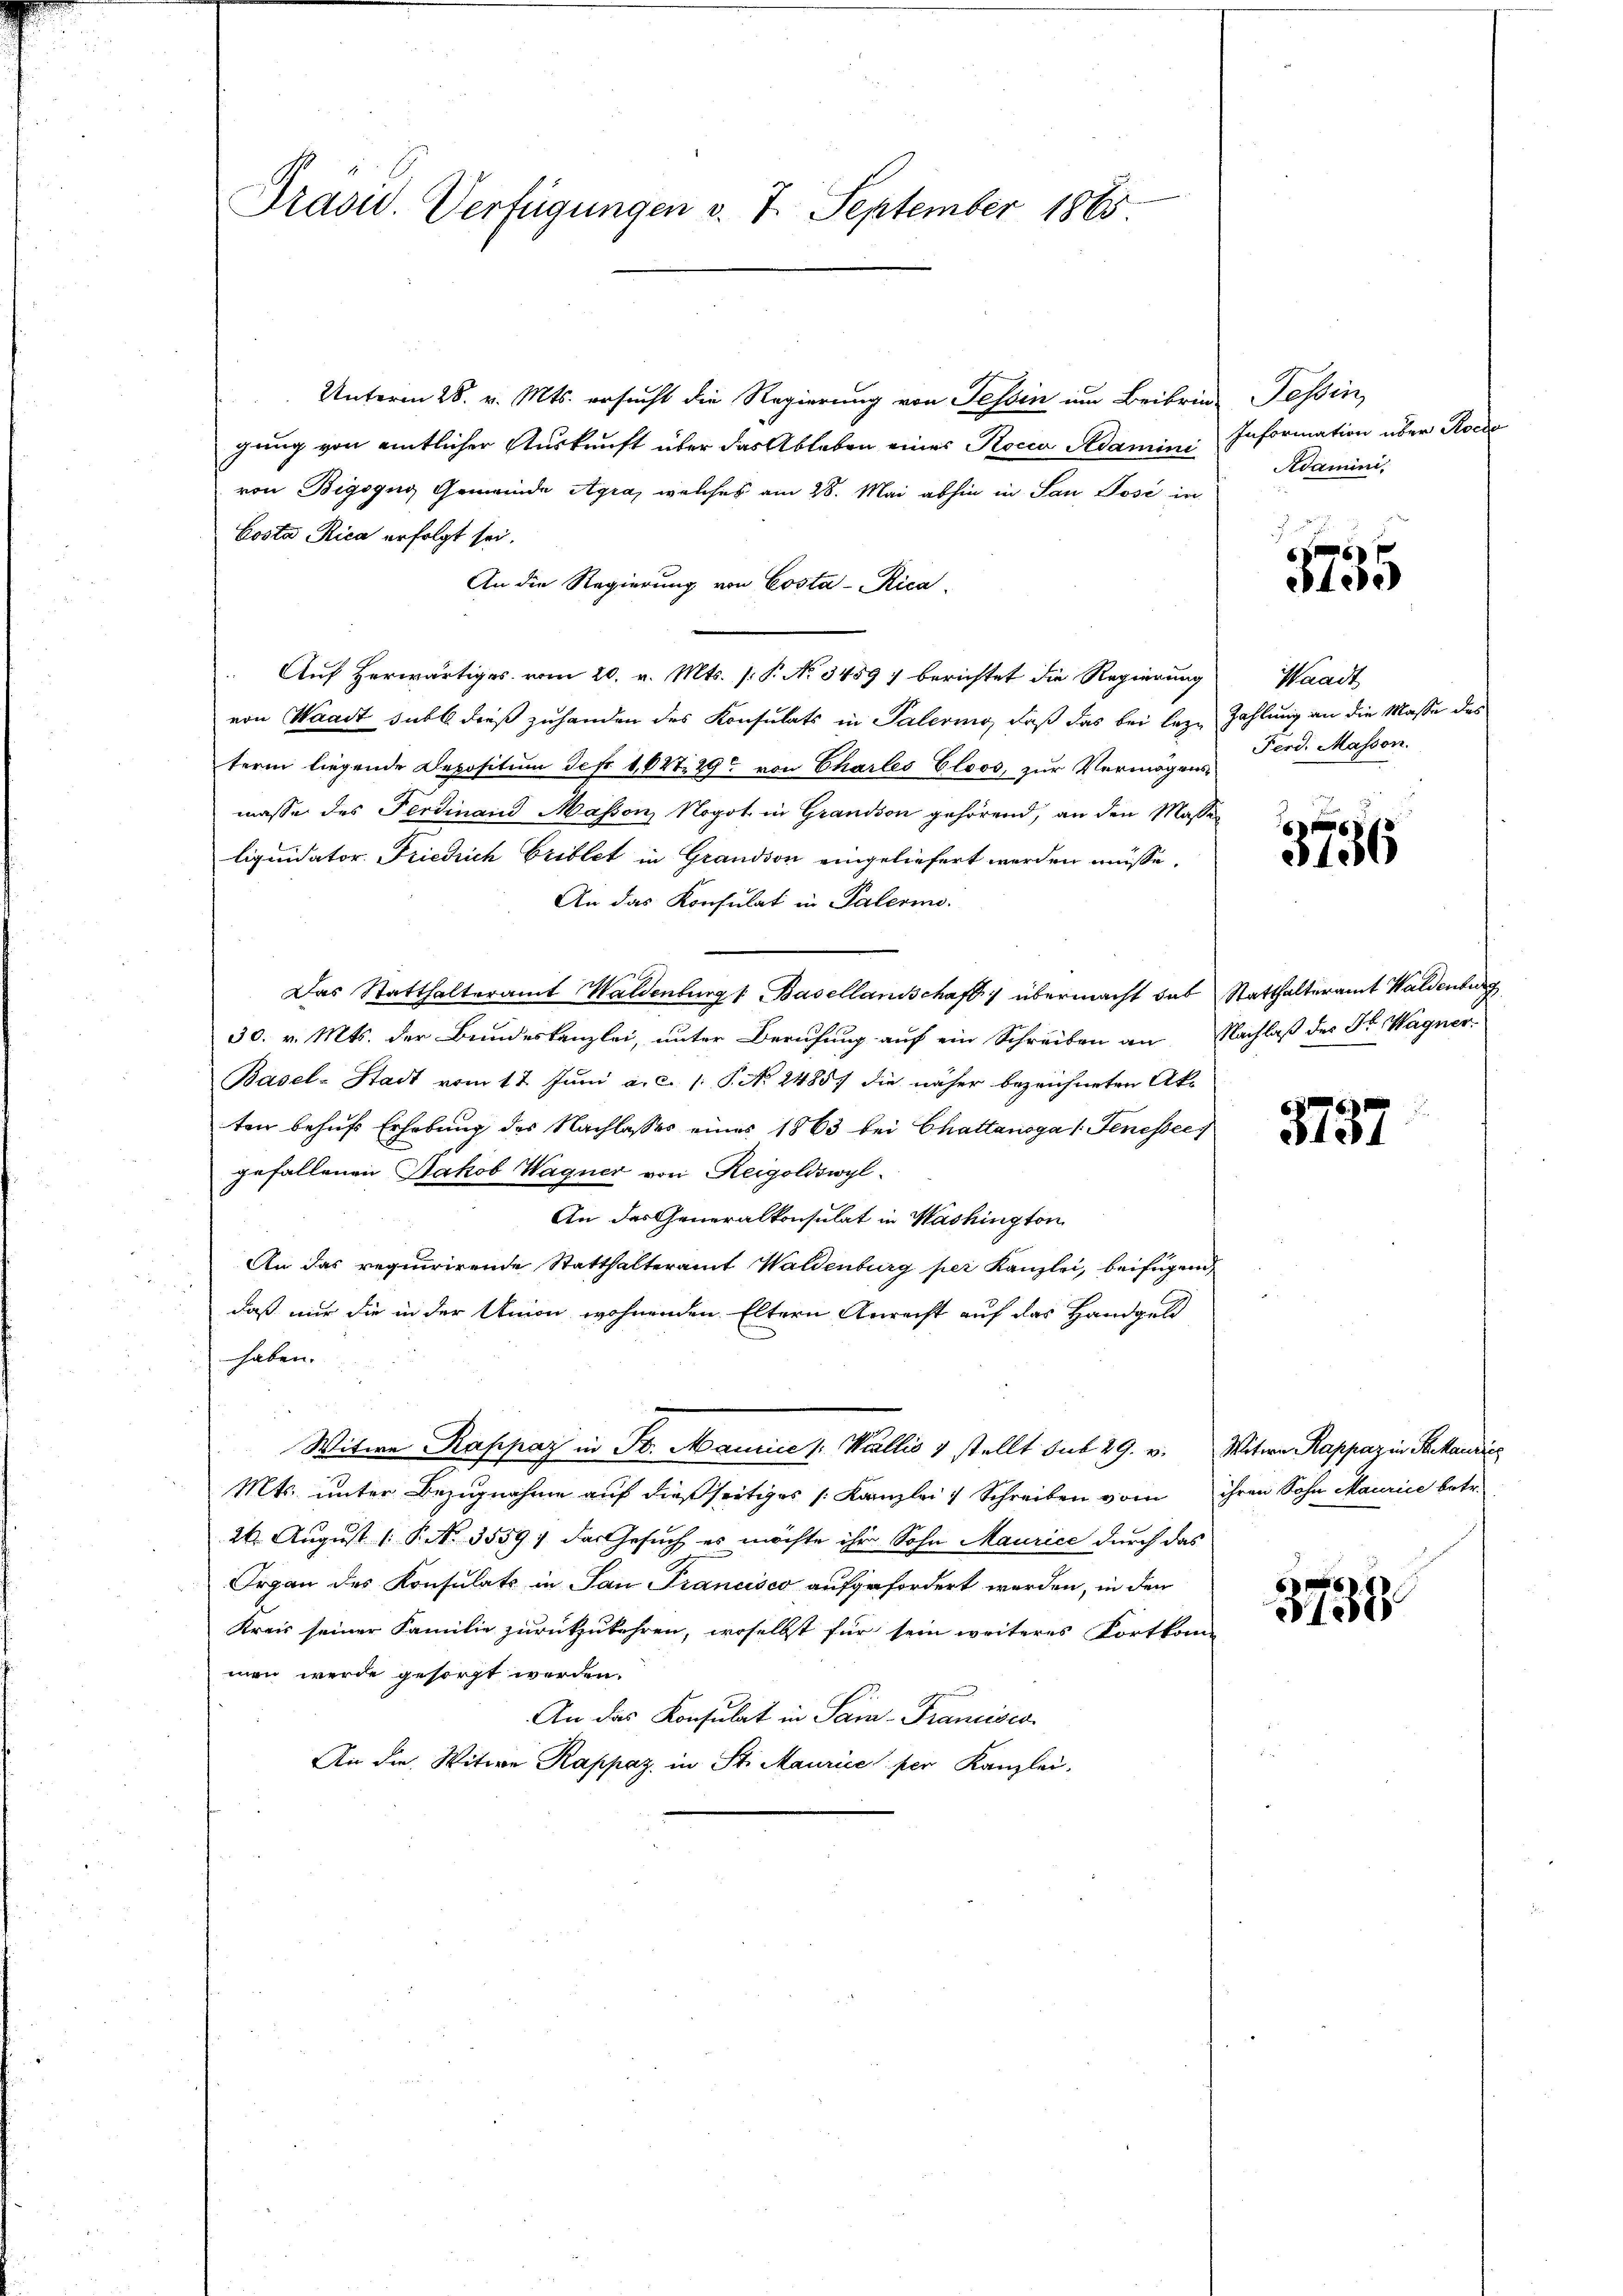
Unterm 28. v. Mts. ersucht die Regierung von Tessin um Beibrin-
gung von eintlicher Auskunft über das Ableben eines Rocca Adamini Information über Rocde
von Bigogug Gemeinde Agra, welches am 28. Mai abhin in San Josi in
Costa Rica erfolgt sei.
An die Regierung von Costa-Rica
Aŭf herwärtiges vom 20. v. Mts. s. P. No 3459) berichtet die Regierŭng Waadt
von Waadt subt dieß zuhanden des Konsulats in Palering, daß das bei leze Zahlung an die Masse des
term liegende Depositum Jef 1,647. 29t von Chartes Eloos, zur Vermögensmasse des Ferdinand Masson, Nogot in Grandson gehörend, an den Masse
liquidator Friedrich Griblet in Grandson eingeliefert werden müsse.
An das Konsulat in Palerin.
Das Statthalteramt Waldenburg 1. Basellandschaft übermacht das
30. v. Mts. der Bundeskanzlei, unter Berufung auf ein Schreiben an Nachlaß des Hr. Wagner
Basel-Stadt vom 17. Juni a.c. (: P. No 2485) die näher bezeichneten Akten behufs Erhebung des Nachlasses eines 1863 bei Chattanoga 1. Jenessec
gefallenen Jakob Wagner von Reigoldswyl
An des Generalkonsulat in Washington
An das requirirende Statthalteramt Waldenburg per Kanzlei, beifügend
daß nur die in der Union wohnenden Eltern Anrecht auf das Handgeld
haben.
Witwe Rappaz in St. Mannice v. Wallis 1 stellt sub 29. v. Witwe Rappaz in Bekandies
Mts. unter Bezugnahme auf dießseitiges /: Kanzlei 1 Schreiben vom
24. August [§ No. 3559) das Gesuch es möchte ihr Sohn Maurice durch das
Organ des Konsulats in San Francisco aufgefordert werden, in den
Kreis seiner Familie zurückzukehren, woselbst für sein weiteres Fortkom-
men werde gesorgt werden.
An das Konsulat in Par-Francisco
An die Witwe Rappaz, in St. Maurice per Kanzlei.

Präsid. Verfügungen v. 7. September 1865

Tessin,
Adamini

.
6
tee

Ferd. Masson.

8
5736

Statthalteramt Waldenburg

3787

ihren Sohn Maurice betr.

3738